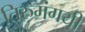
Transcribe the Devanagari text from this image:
तिरुमंगयी